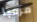
مرحبا